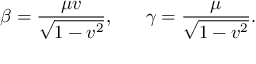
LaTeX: \beta = \frac { \mu v } { \sqrt { 1 - v ^ { 2 } } } , ~ ~ ~ ~ ~ \gamma = \frac { \mu } { \sqrt { 1 - v ^ { 2 } } } .